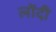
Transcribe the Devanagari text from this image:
लोंदी